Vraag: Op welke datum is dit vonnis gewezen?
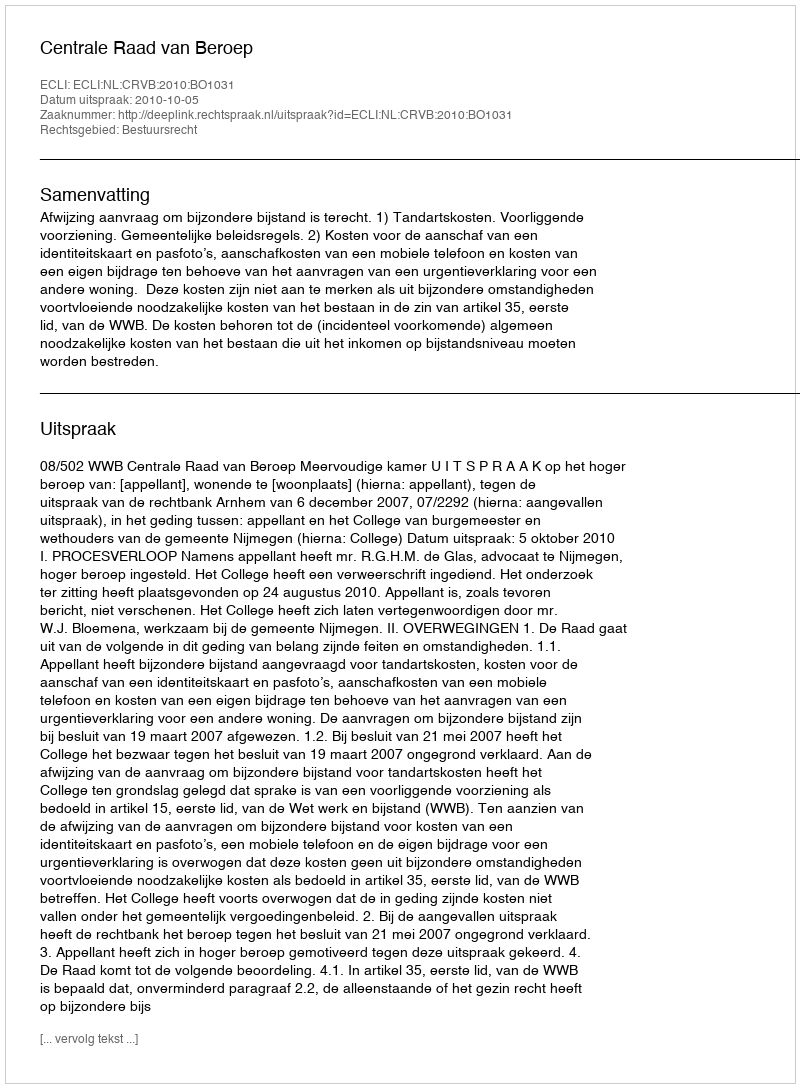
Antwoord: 2010-10-05